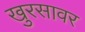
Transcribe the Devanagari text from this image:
खुरसावर